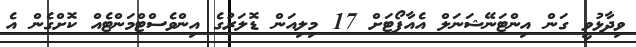
ވިދާޅުވީ ގަން އިންޓަނޭޝަނަލް އެއާޕޯޓަށް 17 މިލިއަން ޑޮލަރުގެ އިންވެސްޓްމަންޓެއް ކޮށްގެން އެ